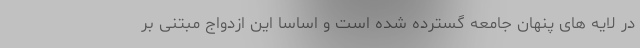
در لایه های پنهان جامعه گسترده شده است و اساسا این ازدواج مبتنی بر